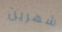
شهرين